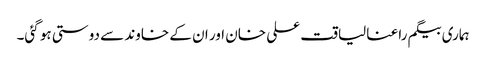
ہماری بیگم راعنا لیاقت علی خان اور ان کے خاوند سے دوستی ہو گئی۔